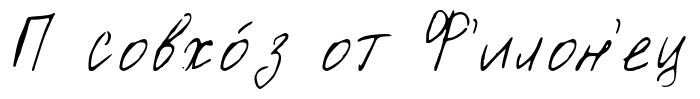
П совхо́з от Ф'илон'ец